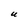
Character: U